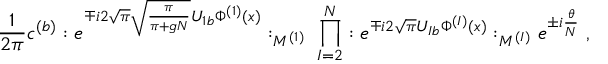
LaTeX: \frac { 1 } { 2 \pi } c ^ { ( b ) } : e ^ { \mp i 2 \sqrt { \pi } \sqrt { \frac { \pi } { \pi + g N } } U _ { 1 b } \Phi ^ { ( 1 ) } ( x ) } : _ { M ^ { ( 1 ) } } \; \prod _ { I = 2 } ^ { N } : e ^ { \mp i 2 \sqrt { \pi } U _ { I b } \Phi ^ { ( I ) } ( x ) } : _ { M ^ { ( I ) } } e ^ { \pm i \frac { \theta } { N } } \; ,